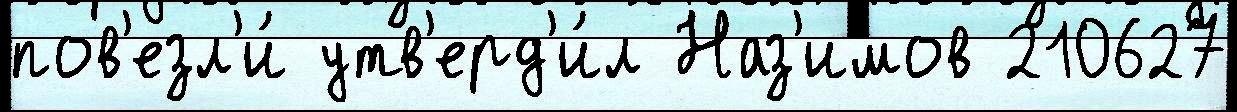
пов'езл'и́ утв'ерд'и́л Наз'имов 210627